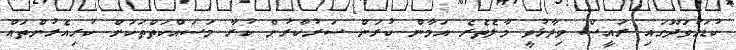
ކުޑަހުވަދޫގައި ރައީސް ވިދާޅުވީ މާލެތެރެ އަމާން ކުރަން ސަރުކާރުން ކުރާ މަސައްކަތްތަކަށް ކުރިއެރުންތައް